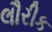
લૌરીક